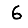
Digit: 6